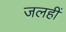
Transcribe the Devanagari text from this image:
जलहीं